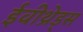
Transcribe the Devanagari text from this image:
ईवीथ्रेड्स